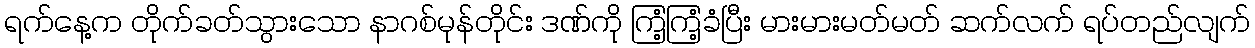
ရက်နေ့က တိုက်ခတ်သွားသော နာဂစ်မုန်တိုင်း ဒဏ်ကို ကြံ့ကြံ့ခံပြီး မားမားမတ်မတ် ဆက်လက် ရပ်တည်လျက်